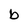
Character: b